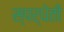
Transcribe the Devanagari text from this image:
स्पर्धेती